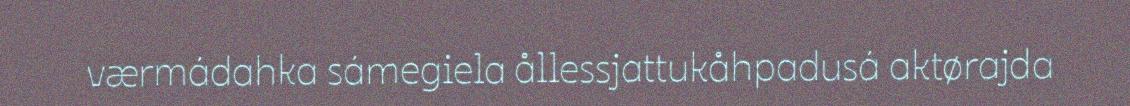
værmádahka sámegiela ållessjattukåhpadusá aktørajda